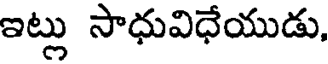
ఇట్లు సాధువిధేయుడు,